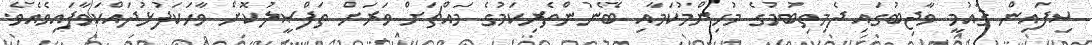
ސިފައިން ޤައުމީ ވާޖިބުގައި ދެމިތިބުމުގެ މުހިންމުކަމާއި ބޭނުންތެރިކަމުގެ މައްޗަށް ވަރަށް ތަފްޞީލުކޮށް ވާހަކަފުޅުދައްކަވާފައިވެއެވެ.